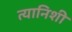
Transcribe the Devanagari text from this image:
त्यानिशी